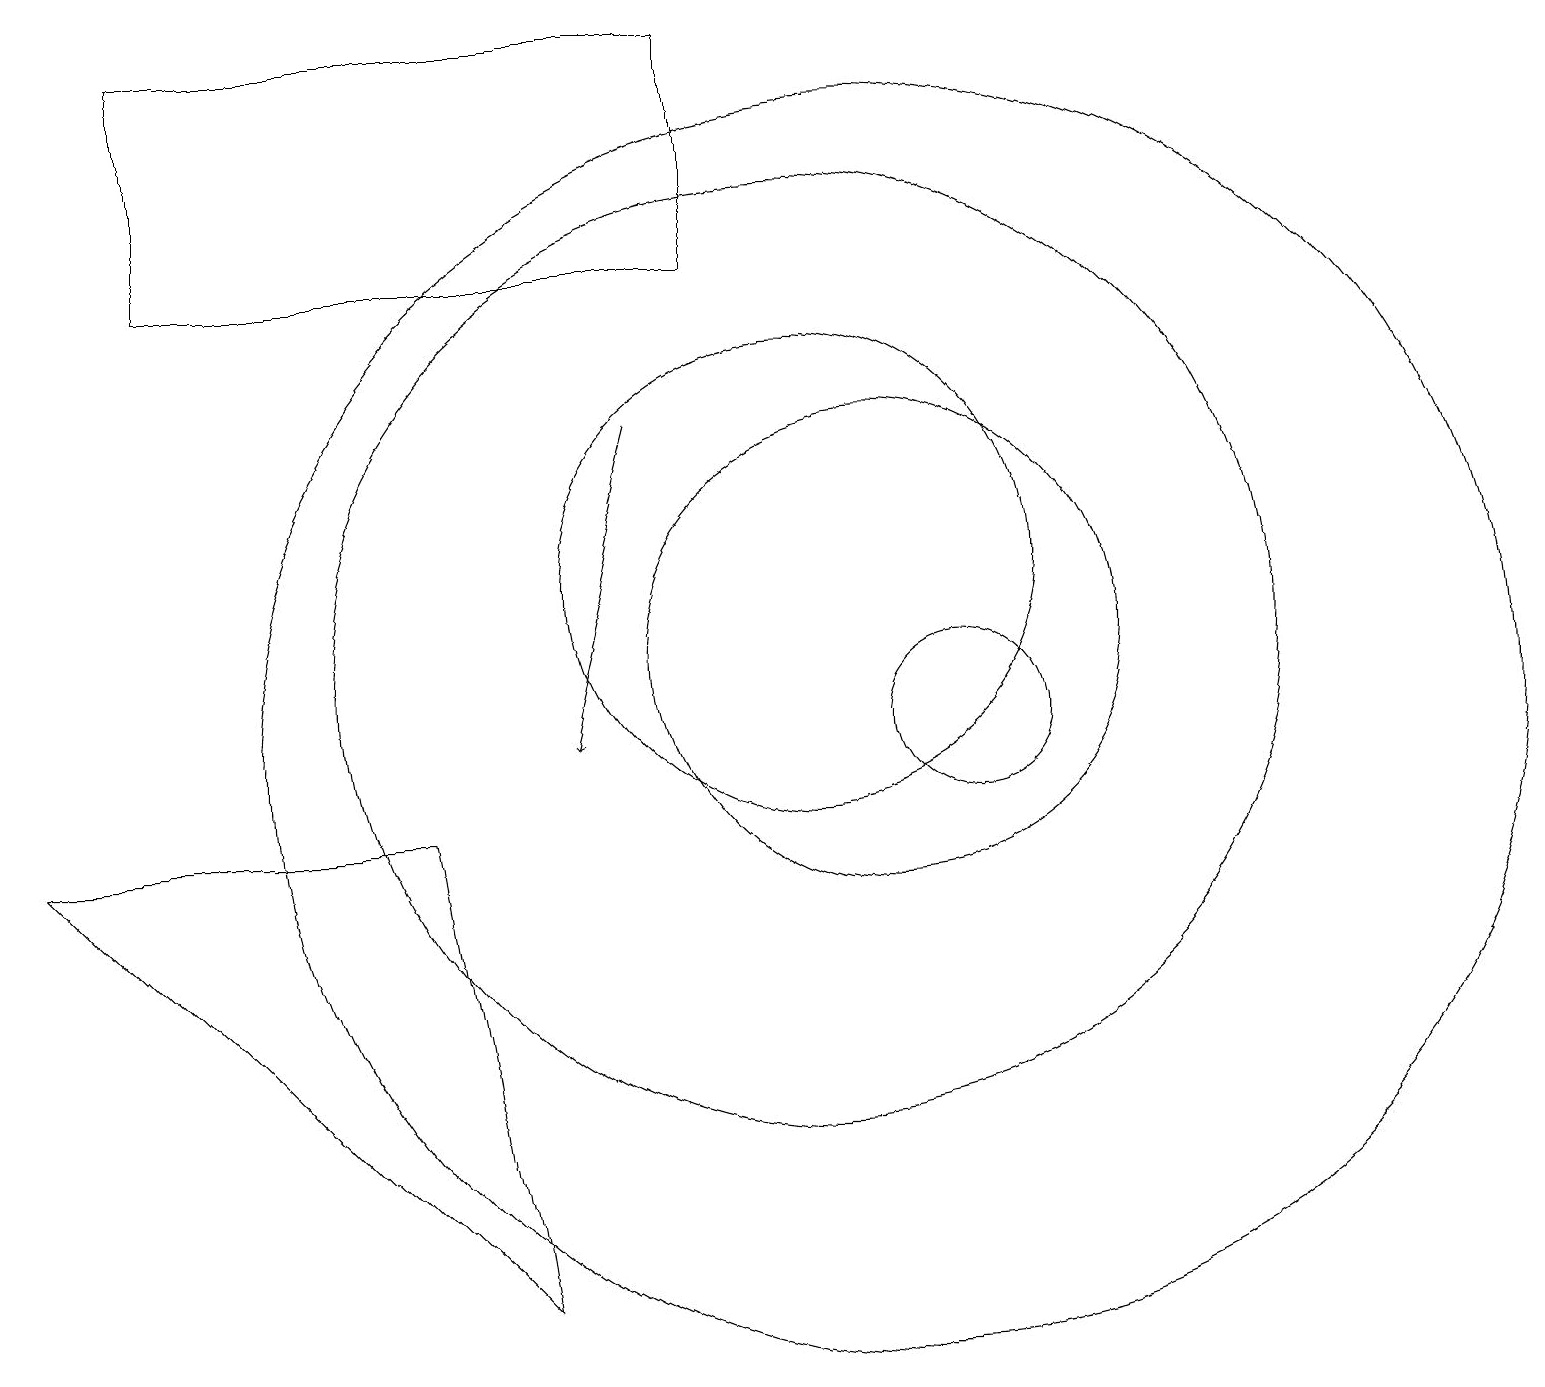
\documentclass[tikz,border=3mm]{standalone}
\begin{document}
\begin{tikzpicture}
\draw (12,10) circle (1);
\draw[->] (8,14) -- (7,10);
\draw (2,16) rectangle (9,19);
\draw (11,11) circle (3);
\draw (10,11) circle (6);
\draw (0,9) -- (5,9) -- (6,3) -- cycle;
\draw (11,10) circle (8);
\draw (10,12) circle (3);
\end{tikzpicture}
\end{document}